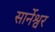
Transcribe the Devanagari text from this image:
सार्नेश्वर